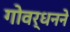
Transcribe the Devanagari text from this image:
गोवर्धनने